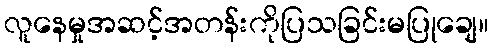
လူနေမှုအဆင့်အတန်းကိုပြသခြင်းမပြုချေ။